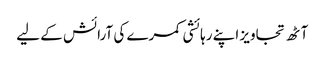
آٹھ تجاویز اپنے رہائشی کمرے کی آرائش کے لیے